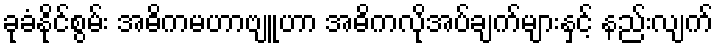
ခုခံနိုင်စွမ်း အဓိကမဟာဗျူဟာ အဓိကလိုအပ်ချက်များနှင့် နည်းလျက်